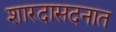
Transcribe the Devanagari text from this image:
शारदासदनात